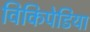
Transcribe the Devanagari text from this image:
विकिपेडिया